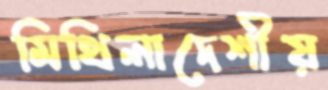
মিথিলাদেশীয়